Annual administration report of the Civil Veterinary Department, Ajmere-Merwara, British Rajputana - 1914-1940
Year: 1914
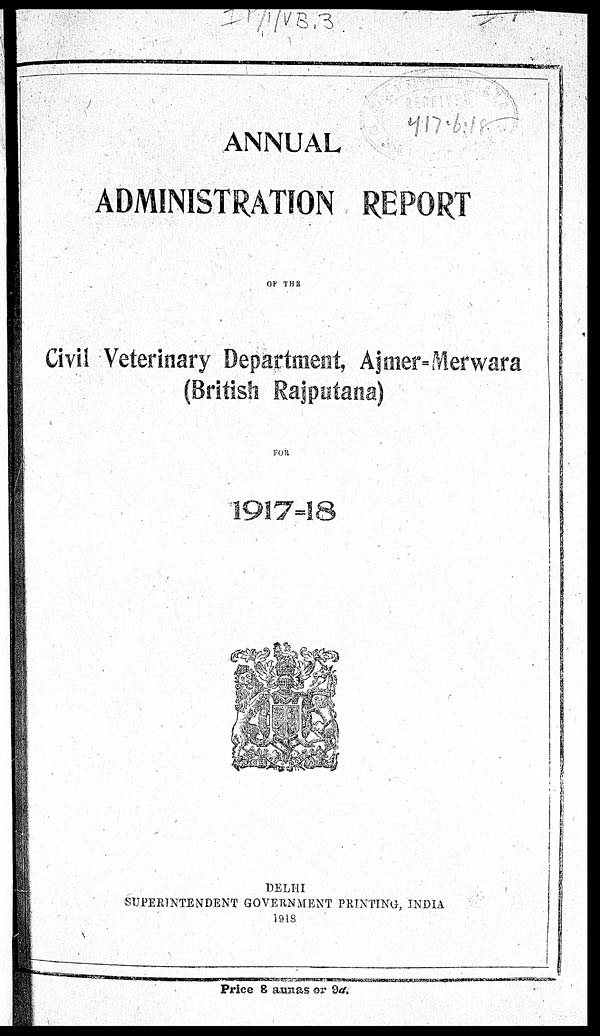
ANNUAL
ADMINISTRATION REPORT
OF
THE
Civil Veterinary Department, Ajmer=Merwara
(British Rajputana)
FOR
1917-18
DELHI
SUPERINTENDENT GOVERNMENT PRINTING, INDIA
1918
Price 8 aunas or 9d.